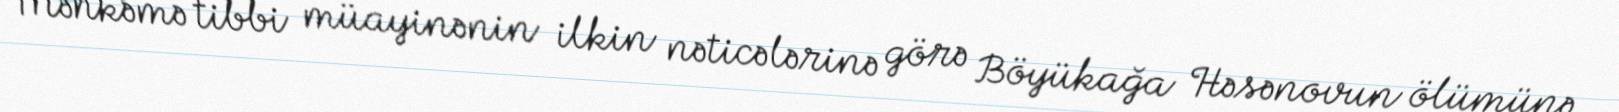
Məhkəmə tibbi müayinənin ilkin nəticələrinə görə Böyükağa Həsənovun ölümünə